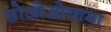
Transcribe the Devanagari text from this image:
छोओओयामा